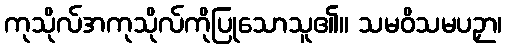
ကုသိုလ်အကုသိုလ်ကိုပြုသောသူ၏။ သမဝိသမပဉှာ၊